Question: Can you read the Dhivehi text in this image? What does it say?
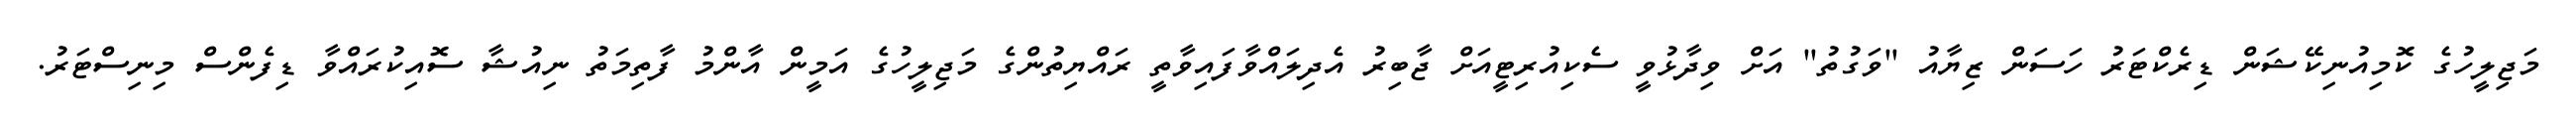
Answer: މަޖިލީހުގެ ކޮމިއުނިކޭޝަން ޑިރެކްޓަރު ހަސަން ޒިޔާއު "ވަގުތު" އަށް ވިދާޅުވީ ސެކިއުރިޓީއަށް ޖާބިރު އެދިލައްވާފައިވާތީ ރައްޔިތުންގެ މަޖިލީހުގެ އަމީން އާންމު ފާތިމަތު ނިއުޝާ ސޮއިކުރައްވާ ޑިފެންސް މިނިސްޓަރު.